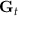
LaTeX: \mathbf { G } _ { t }